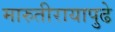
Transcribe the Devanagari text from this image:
मारुतीरायापुढे